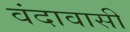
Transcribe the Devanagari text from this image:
वंदावासी